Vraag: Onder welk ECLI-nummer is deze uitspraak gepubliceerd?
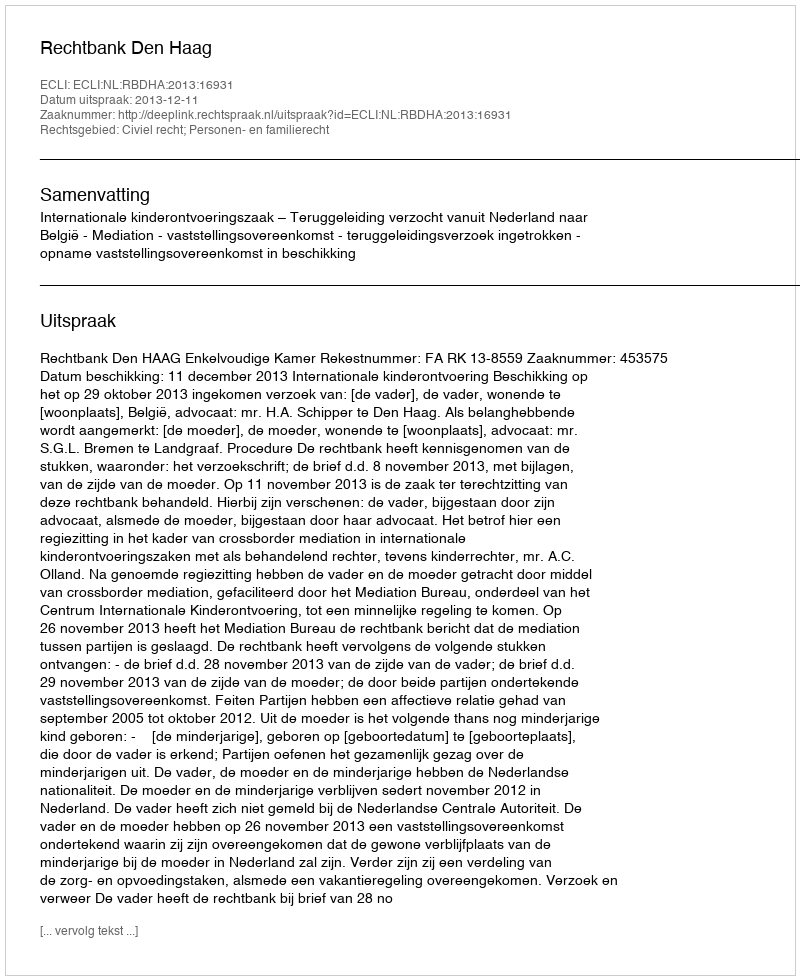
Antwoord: ECLI:NL:RBDHA:2013:16931